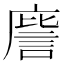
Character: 𭙮